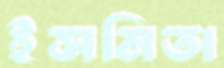
ইসমিতা